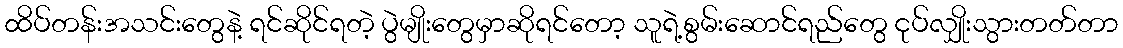
ထိပ်တန်းအသင်းတွေနဲ့ ရင်ဆိုင်ရတဲ့ ပွဲမျိုးတွေမှာဆိုရင်တော့ သူရဲ့စွမ်းဆောင်ရည်တွေ ငုပ်လျှိုးသွားတတ်တာ